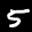
Label: 5